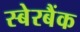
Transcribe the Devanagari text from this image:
स्बेरबैंक